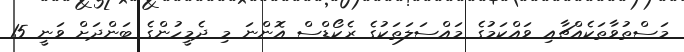
މަސްތުވާތަކެއްޗާއި ވައްކަމުގެ މައްސަލަތަކުގެ ރެކޯޑްސް އޮންނަ މި ދެމީހުންގެ ބަންދަށް ވަނީ 15